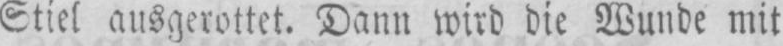
Stiel ausgerottet. Dann wird die Wunde mit